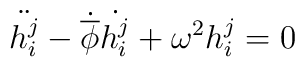
\ddot{h_{i}^{j}} - \dot{\overline{\phi}}\dot{h_{i}^{j}} + \omega^2 h_{i}^{j}=0